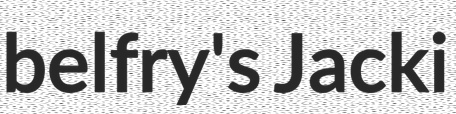
belfry's Jacki